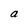
Character: a